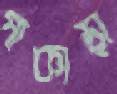
পাকাড়া